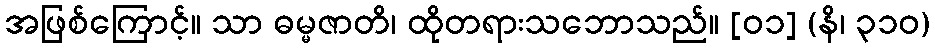
အဖြစ်ကြောင့်။ သာ ဓမ္မဇာတိ၊ ထိုတရားသဘောသည်။ [၀၁] (နိ၊ ၃၁၀)